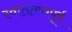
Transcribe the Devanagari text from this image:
स्वातंतत्र्यपूर्व